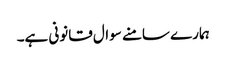
ہمارے سامنے سوال قانونی ہے۔